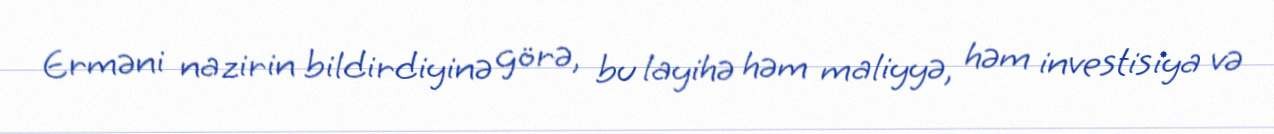
Erməni nazirin bildirdiyinə görə, bu layihə həm maliyyə, həm investisiya və